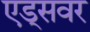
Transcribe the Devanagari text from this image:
एड्‌सवर